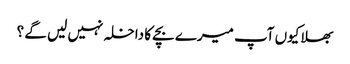
بھلا کیوں آپ میرے بچے کا داخلہ نہیں لیں گے ؟